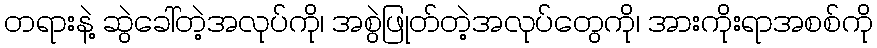
တရားနဲ့ ဆွဲခေါ်တဲ့အလုပ်ကို၊ အစွဲဖြုတ်တဲ့အလုပ်တွေကို၊ အားကိုးရာအစစ်ကို